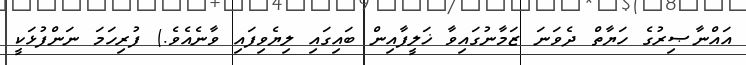
އައްނާޞިރުގެ ހަޔާތް ދެވަނަ ޒަމާނުގައިވާ ޚަލީފާއިން ބައިގައި ލިޔެވިފައި ވާނެއެވެ.) ފުރިހަމަ ނަންފުޅަކީ